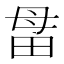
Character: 𰣅